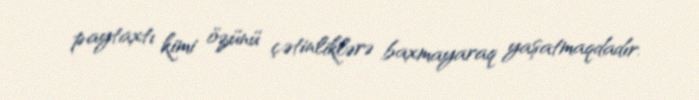
paytaxtı kimi özünü çətinliklərə baxmayaraq yaşatmaqdadır.